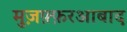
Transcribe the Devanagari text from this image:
मुज़फ़्फ़रआबाद